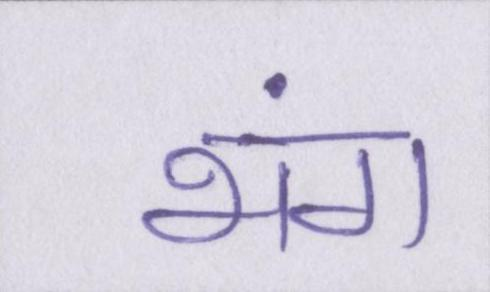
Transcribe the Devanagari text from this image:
भंग